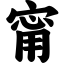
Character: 甯